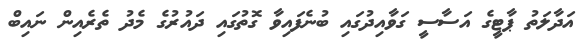
އަދާލަތު ޕާޓީގެ އަސާސީ ގަވާއިދުގައި ބުނެފައިވާ ގޮތުގައި ދައުރުގެ މެދު ތެރެއިން ނައިބް